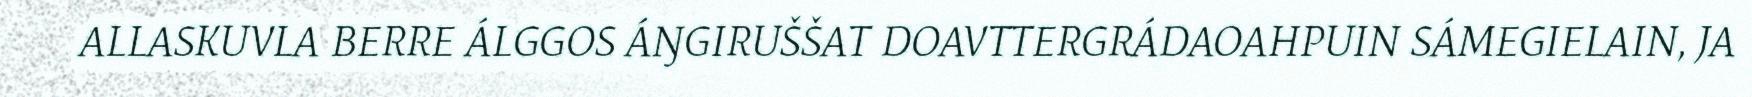
ALLASKUVLA BERRE ÁLGGOS ÁŊGIRUŠŠAT DOAVTTERGRÁDAOAHPUIN SÁMEGIELAIN, JA